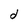
Character: d